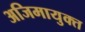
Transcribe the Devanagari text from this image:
अजिमायुक्त